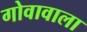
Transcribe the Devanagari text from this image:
गोवावाला